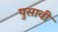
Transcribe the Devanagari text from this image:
पुसावी